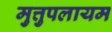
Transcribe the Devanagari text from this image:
मुत्तुपलायम